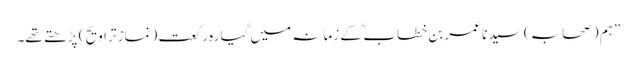
” ہم (صحابہ) سید نا عمر بن خطاب ؓ کے زمانہ میں گیارہ رکعت (نمازِ تراویح ) پڑھتے تھے۔